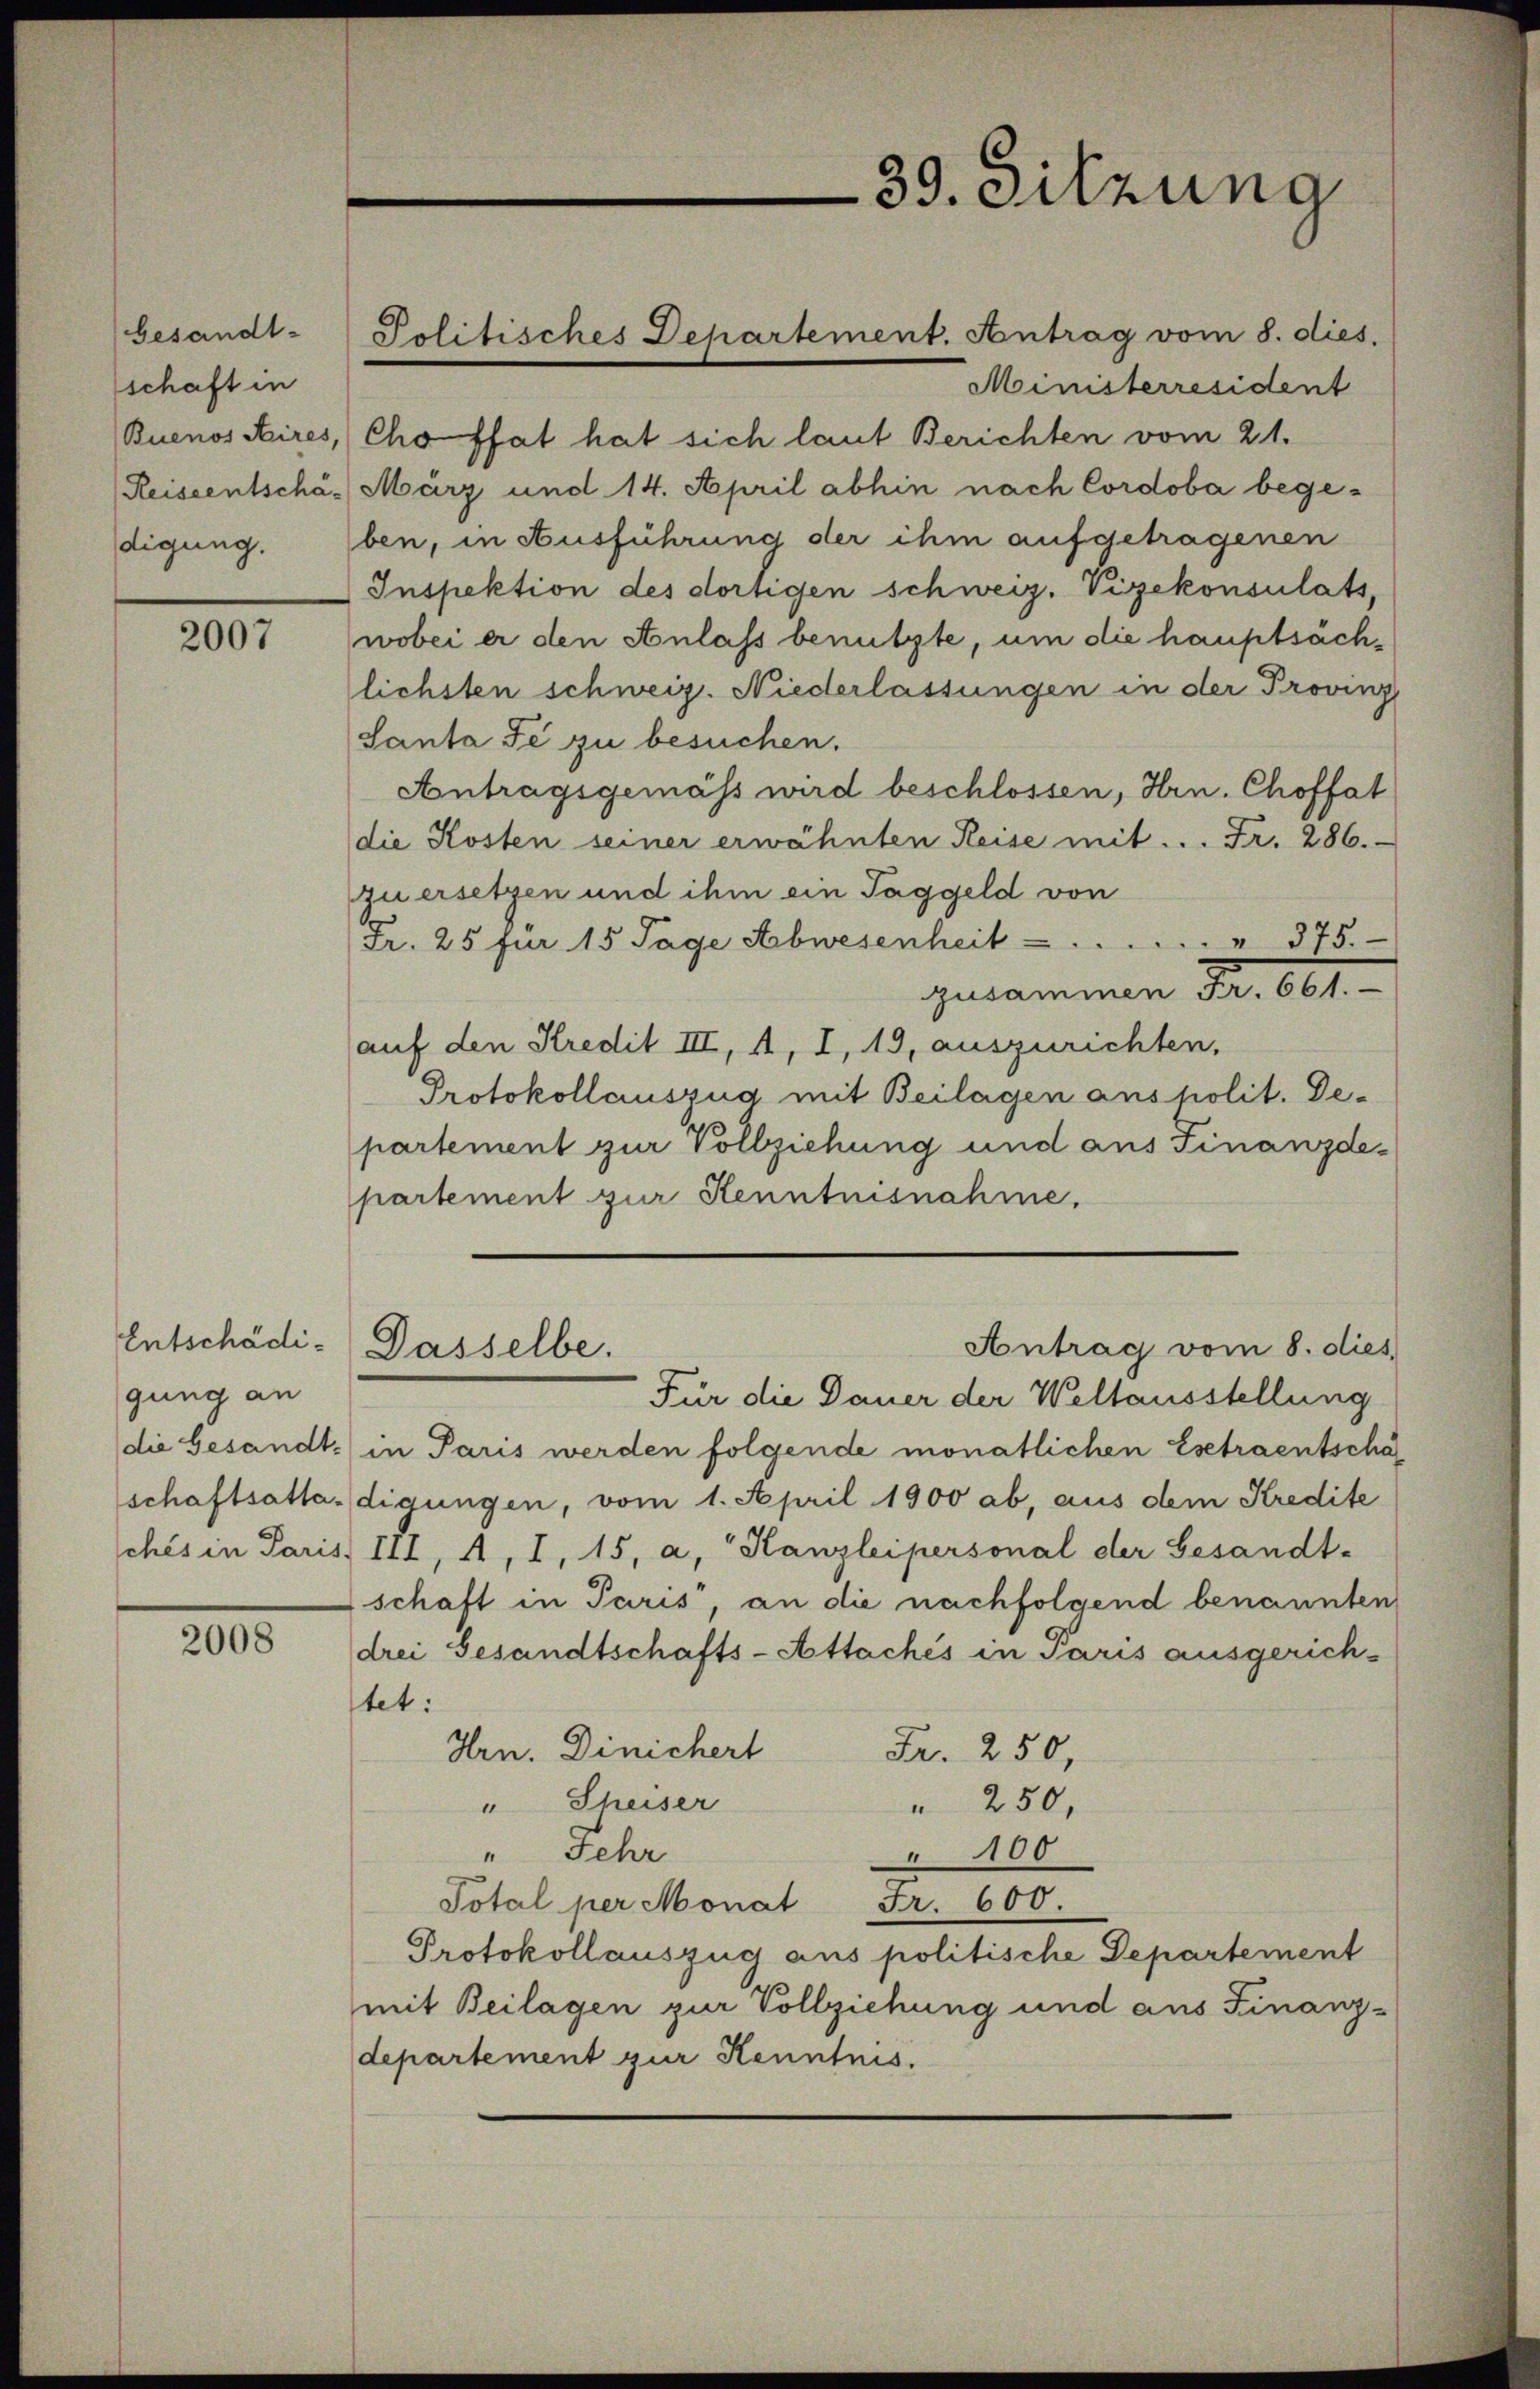
besandt-
schaft in
Buenos Aires,
(Reiseentschädigung.

2007

Entschädigung an
die Gesandt-
schaftsathasches in Paris,

2008

Politisches Departement. Antrag vom 8. dies

Ministerresident
Cho ffat hat sich laut Berichten vom 21.
März und 14. April abhin nach Cordoba begeben, in Ausführung der ihm aufgetragenen
Inspektion des dortigen schweiz. Vizekonsulats,
wobei er den Anlass benützte, um die hauptsächlichsten schweiz. Niederlassungen in der Provinz
Santa Fe zu besuchen.
Antragsgemäss wird beschlossen, Hrn. Choffat
die Kosten seiner erwähnten Reise mit ... Fr. 286.
zuersetzen und ihm ein Taggeld von
Fr. 25 für 15 Tage Abwesenheit ..  ..  ..  ..  ..            375.
zusammen Fr. 601.
auf den Kredit III, A, I, 19, auszurichten,
Protokollauszug mit Beilagen anspolit. Departement zur Vollziehung und aus Finanzde-
partement zur Kenntnisnahme,
Antrag vom 8. dies
Dasselbe.
Für die Dauer der Weltausstellung
in Paris werden folgende monatlichen Esetraentscha
digungen, vom 1. April 1900 ab, aus dem Kredite
III, A, I, 15, a, Kanzleipersonal der Gesandt-
schaft in Paris, an die nachfolgend benannten
drei Gesandtschafts-Attachés in Paris ausgerich-
tet:
Hrn. Dinichert
Fr. 250,
" Theiser
 250,
 1100
"Fehr
Total per Monat Fr. 600.
Protokollauszug aus politische Departement
mit Beilagen zur Vollziehung und aus Finanz-
departement zur Kenntnis.

39. Sitzung